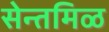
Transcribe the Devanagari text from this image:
सेन्तमिळ